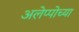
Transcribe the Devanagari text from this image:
अलेप्पोच्या